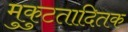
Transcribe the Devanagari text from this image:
मुकुटतादितक